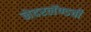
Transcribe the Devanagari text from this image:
नेदरलॅण्डची